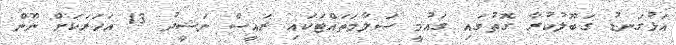
އަޅުގަނޑު ގަބޫލުކުރާ ގޮތުގައި ގައުމީ ސަލާމަތައްޓަކައި ރައީސް ނަޝީދު 13 އަހަރަކަށް ނޫން